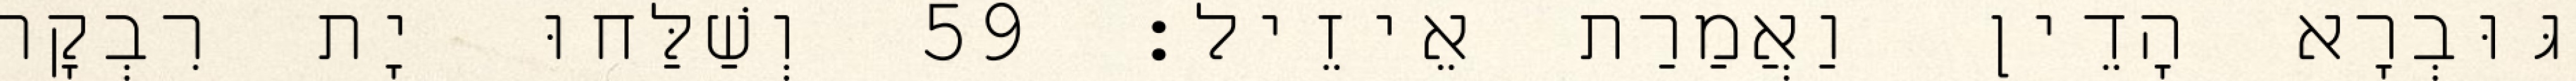
גּוּבְרָא הָדֵין וַאֲמַרַת אֵיזֵיל׃ 59 וְשַׁלַּחוּ יָת רִבְקָה